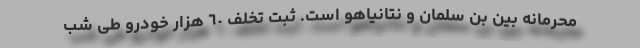
محرمانه بین بن سلمان و نتانیاهو است. ثبت تخلف ٦٠ هزار خودرو طی شب